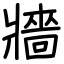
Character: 牆